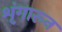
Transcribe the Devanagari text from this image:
शृंगारून